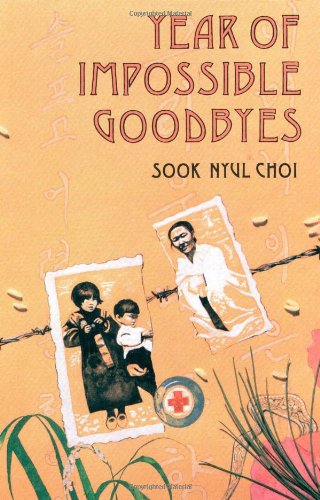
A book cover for Year of Impossible Goodbyes; Sook Nyul Choi; Teen & Young Adult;